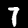
Digit: 7